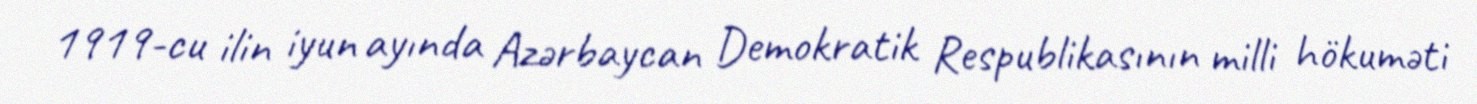
1919-cu ilin iyun ayında Azərbaycan Demokratik Respublikasının milli hökuməti